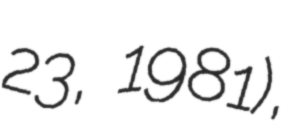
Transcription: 23, 1981),